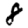
Digit: 8